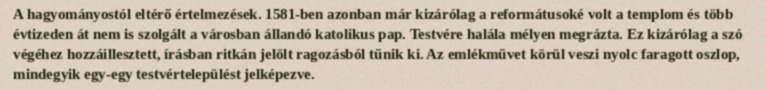
A hagyományostól eltérő értelmezések. 1581-ben azonban már kizárólag a reformátusoké volt a templom és több évtizeden át nem is szolgált a városban állandó katolikus pap. Testvére halála mélyen megrázta. Ez kizárólag a szó végéhez hozzáillesztett, írásban ritkán jelölt ragozásból tűnik ki. Az emlékművet körül veszi nyolc faragott oszlop, mindegyik egy-egy testvértelepülést jelképezve.